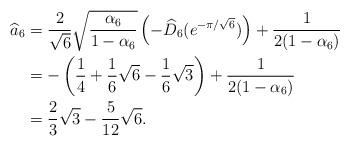
LaTeX: \begin{align*}\widehat{a}_6 &= \frac{2}{\sqrt{6}}\sqrt{\frac{\alpha_6}{1-\alpha_6}}\left(-\widehat{D}_6(e^{-\pi/\sqrt{6}})\right)+\frac{1}{2(1-\alpha_6)}\\&=-\left(\frac{1}{4}+\frac{1}{6}\sqrt{6}-\frac{1}{6}\sqrt{3}\right)+\frac{1}{2(1-\alpha_6)}\\&= \frac{2}{3}\sqrt{3}-\frac{5}{12}\sqrt{6}.\end{align*}